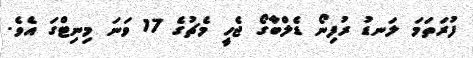
ފުރަތަމަ ލަނޑު ރުފިނޯ ޑެލްބާގޯ ޖެހީ މެޗުގެ 17 ވަނަ މިނިޓްގަ އެވެ.